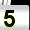
Digit: 5